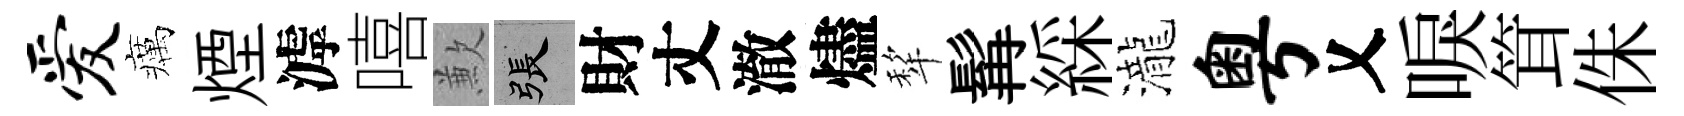
爱癘煙滹嘻歉張財丈澈燼犂髯綵瀧粤乂唳䇯侏